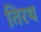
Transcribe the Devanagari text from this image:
तिरथ